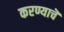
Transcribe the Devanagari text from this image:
करण्याचॆ